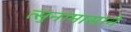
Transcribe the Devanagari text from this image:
त्सुनामासाने